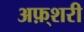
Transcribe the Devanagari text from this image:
अफ़्शरी